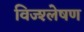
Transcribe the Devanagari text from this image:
विज्श्लेषण